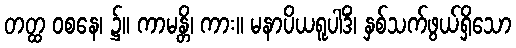
တတ္ထ ဝစနေ၊ ၌။ ကာမန္တိ၊ ကား။ မနာပိယရူပါဒိံ၊ နှစ်သက်ဖွယ်ရှိသော